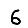
Digit: 6